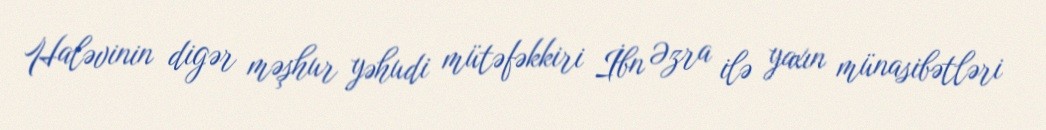
Haləvinin digər məşhur yəhudi mütəfəkkiri İbn Əzra ilə yaxın münasibətləri